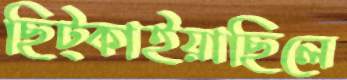
ছিট্‌কাইয়াছিলে